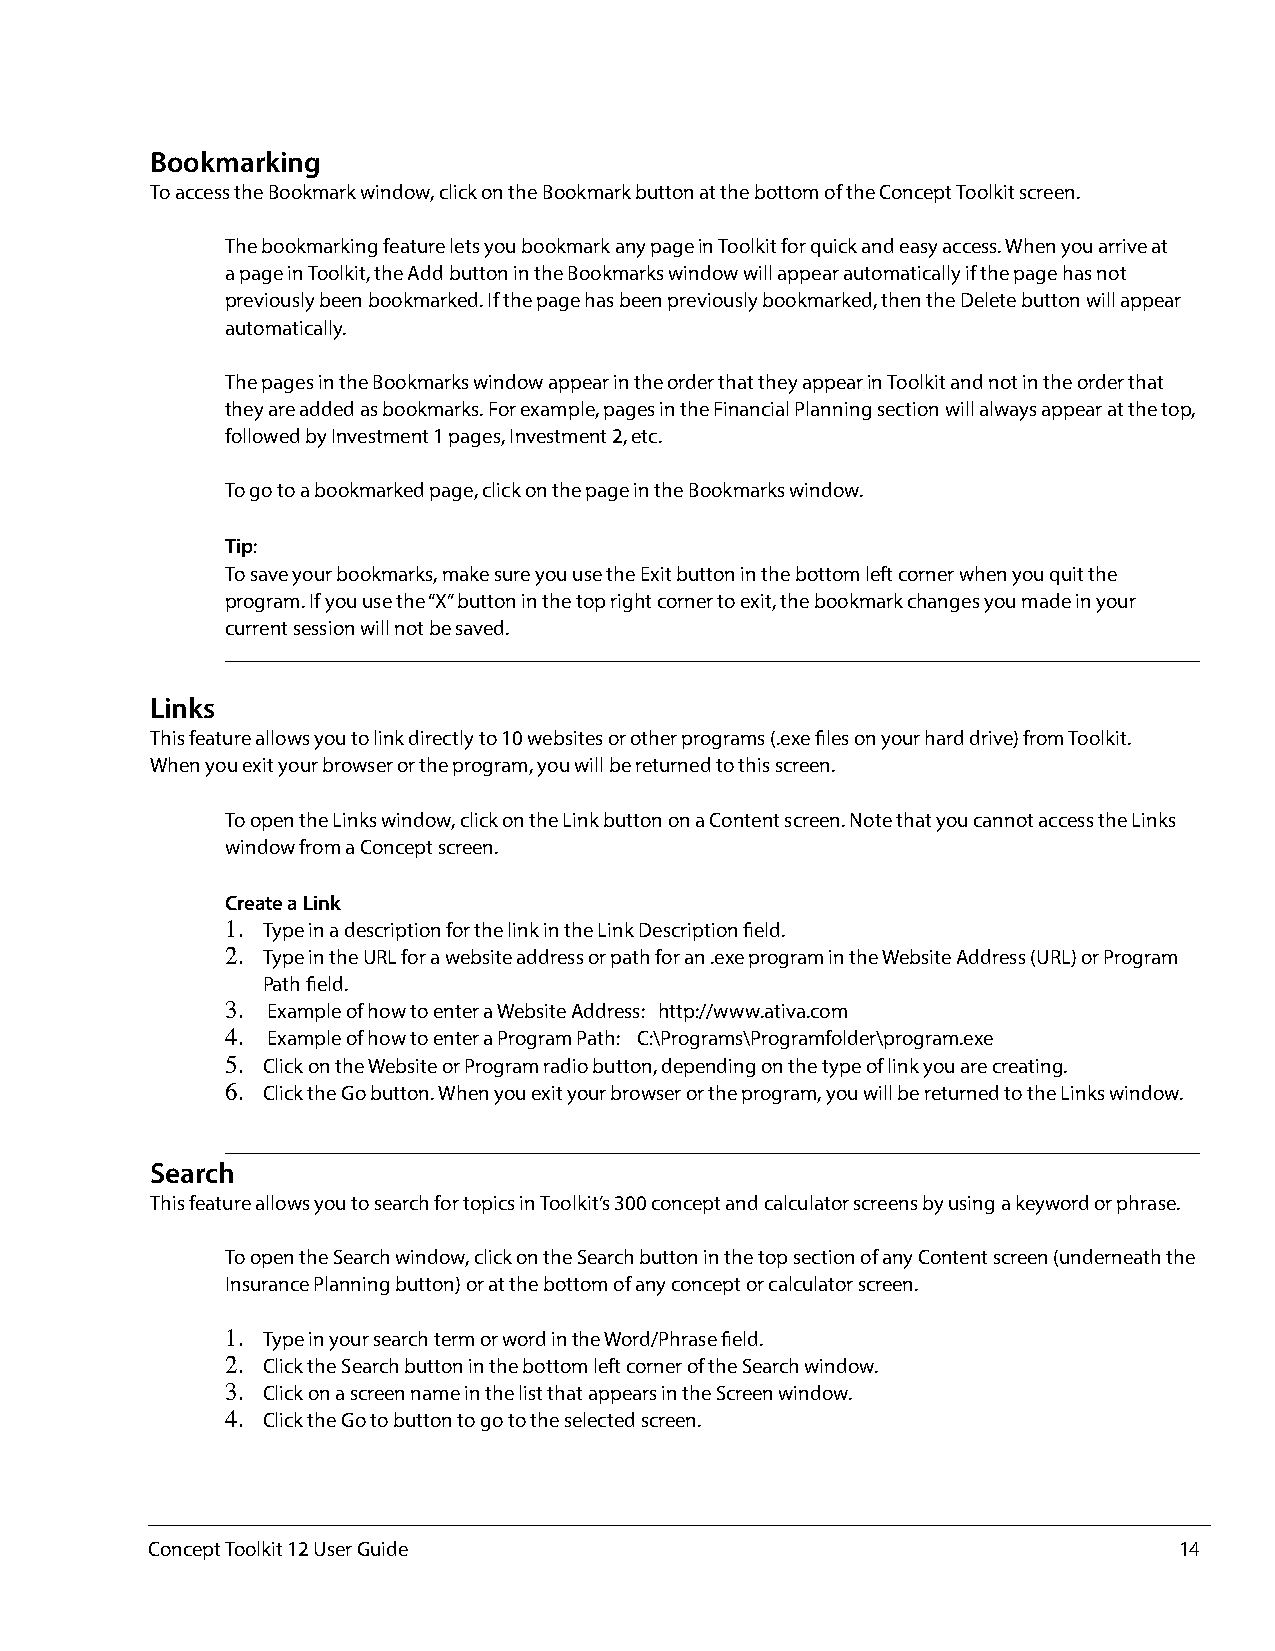
Bookmarking
 To access the Bookmark window, click on the Bookmark button at the bottom of the Concept Toolkit screen.
 The bookmarking feature lets you bookmark any page in Toolkit for quick and easy access. When you arrive at
 a page in Toolkit, the Add button in the Bookmarks window will appear automatically if the page has not
 previously been bookmarked. If the page has been previously bookmarked, then the Delete button will appear
 automatically.
 The pages in the Bookmarks window appear in the order that they appear in Toolkit and not in the order that
 they are added as bookmarks. For example, pages in the Financial Planning section will always appear at the top,
 followed by Investment 1 pages, Investment 2, etc.
 To go to a bookmarked page, click on the page in the Bookmarks window.
 Tip:
 To save your bookmarks, make sure you use the Exit button in the bottom left corner when you quit the
 program. If you use the “X” button in the top right corner to exit, the bookmark changes you made in your
 current session will not be saved.
 Links
 This feature allows you to link directly to 10 websites or other programs (.exe files on your hard drive) from Toolkit.
 When you exit your browser or the program, you will be returned to this screen.
 To open the Links window, click on the Link button on a Content screen. Note that you cannot access the Links
 window from a Concept screen.
 Create a Link
 1. Type in a description for the link in the Link Description field.
 2. Type in the URL for a website address or path for an .exe program in the Website Address (URL) or Program
 Path field.
 3. Example of how to enter a Website Address: http://www.ativa.com
 4. Example of how to enter a Program Path: C:\Programs\Programfolder\program.exe
 5. Click on the Website or Program radio button, depending on the type of link you are creating.
 6. Click the Go button. When you exit your browser or the program, you will be returned to the Links window.
 Search
 This feature allows you to search for topics in Toolkit’s 300 concept and calculator screens by using a keyword or phrase.
 To open the Search window, click on the Search button in the top section of any Content screen (underneath the
 Insurance Planning button) or at the bottom of any concept or calculator screen.
 1. Type in your search term or word in the Word/Phrase field.
 2. Click the Search button in the bottom left corner of the Search window.
 3. Click on a screen name in the list that appears in the Screen window.
 4. Click the Go to button to go to the selected screen.
 Concept Toolkit 12 User Guide                                       14